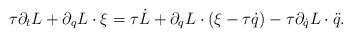
LaTeX: \begin{align*} \tau\partial_t L +\partial_q L\cdot \xi =\tau \dot L+ \partial_{q} L\cdot(\xi-\tau \dot q)- \tau \partial_{\dot q} L\cdot\ddot q.\end{align*}